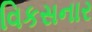
વિકસનાર